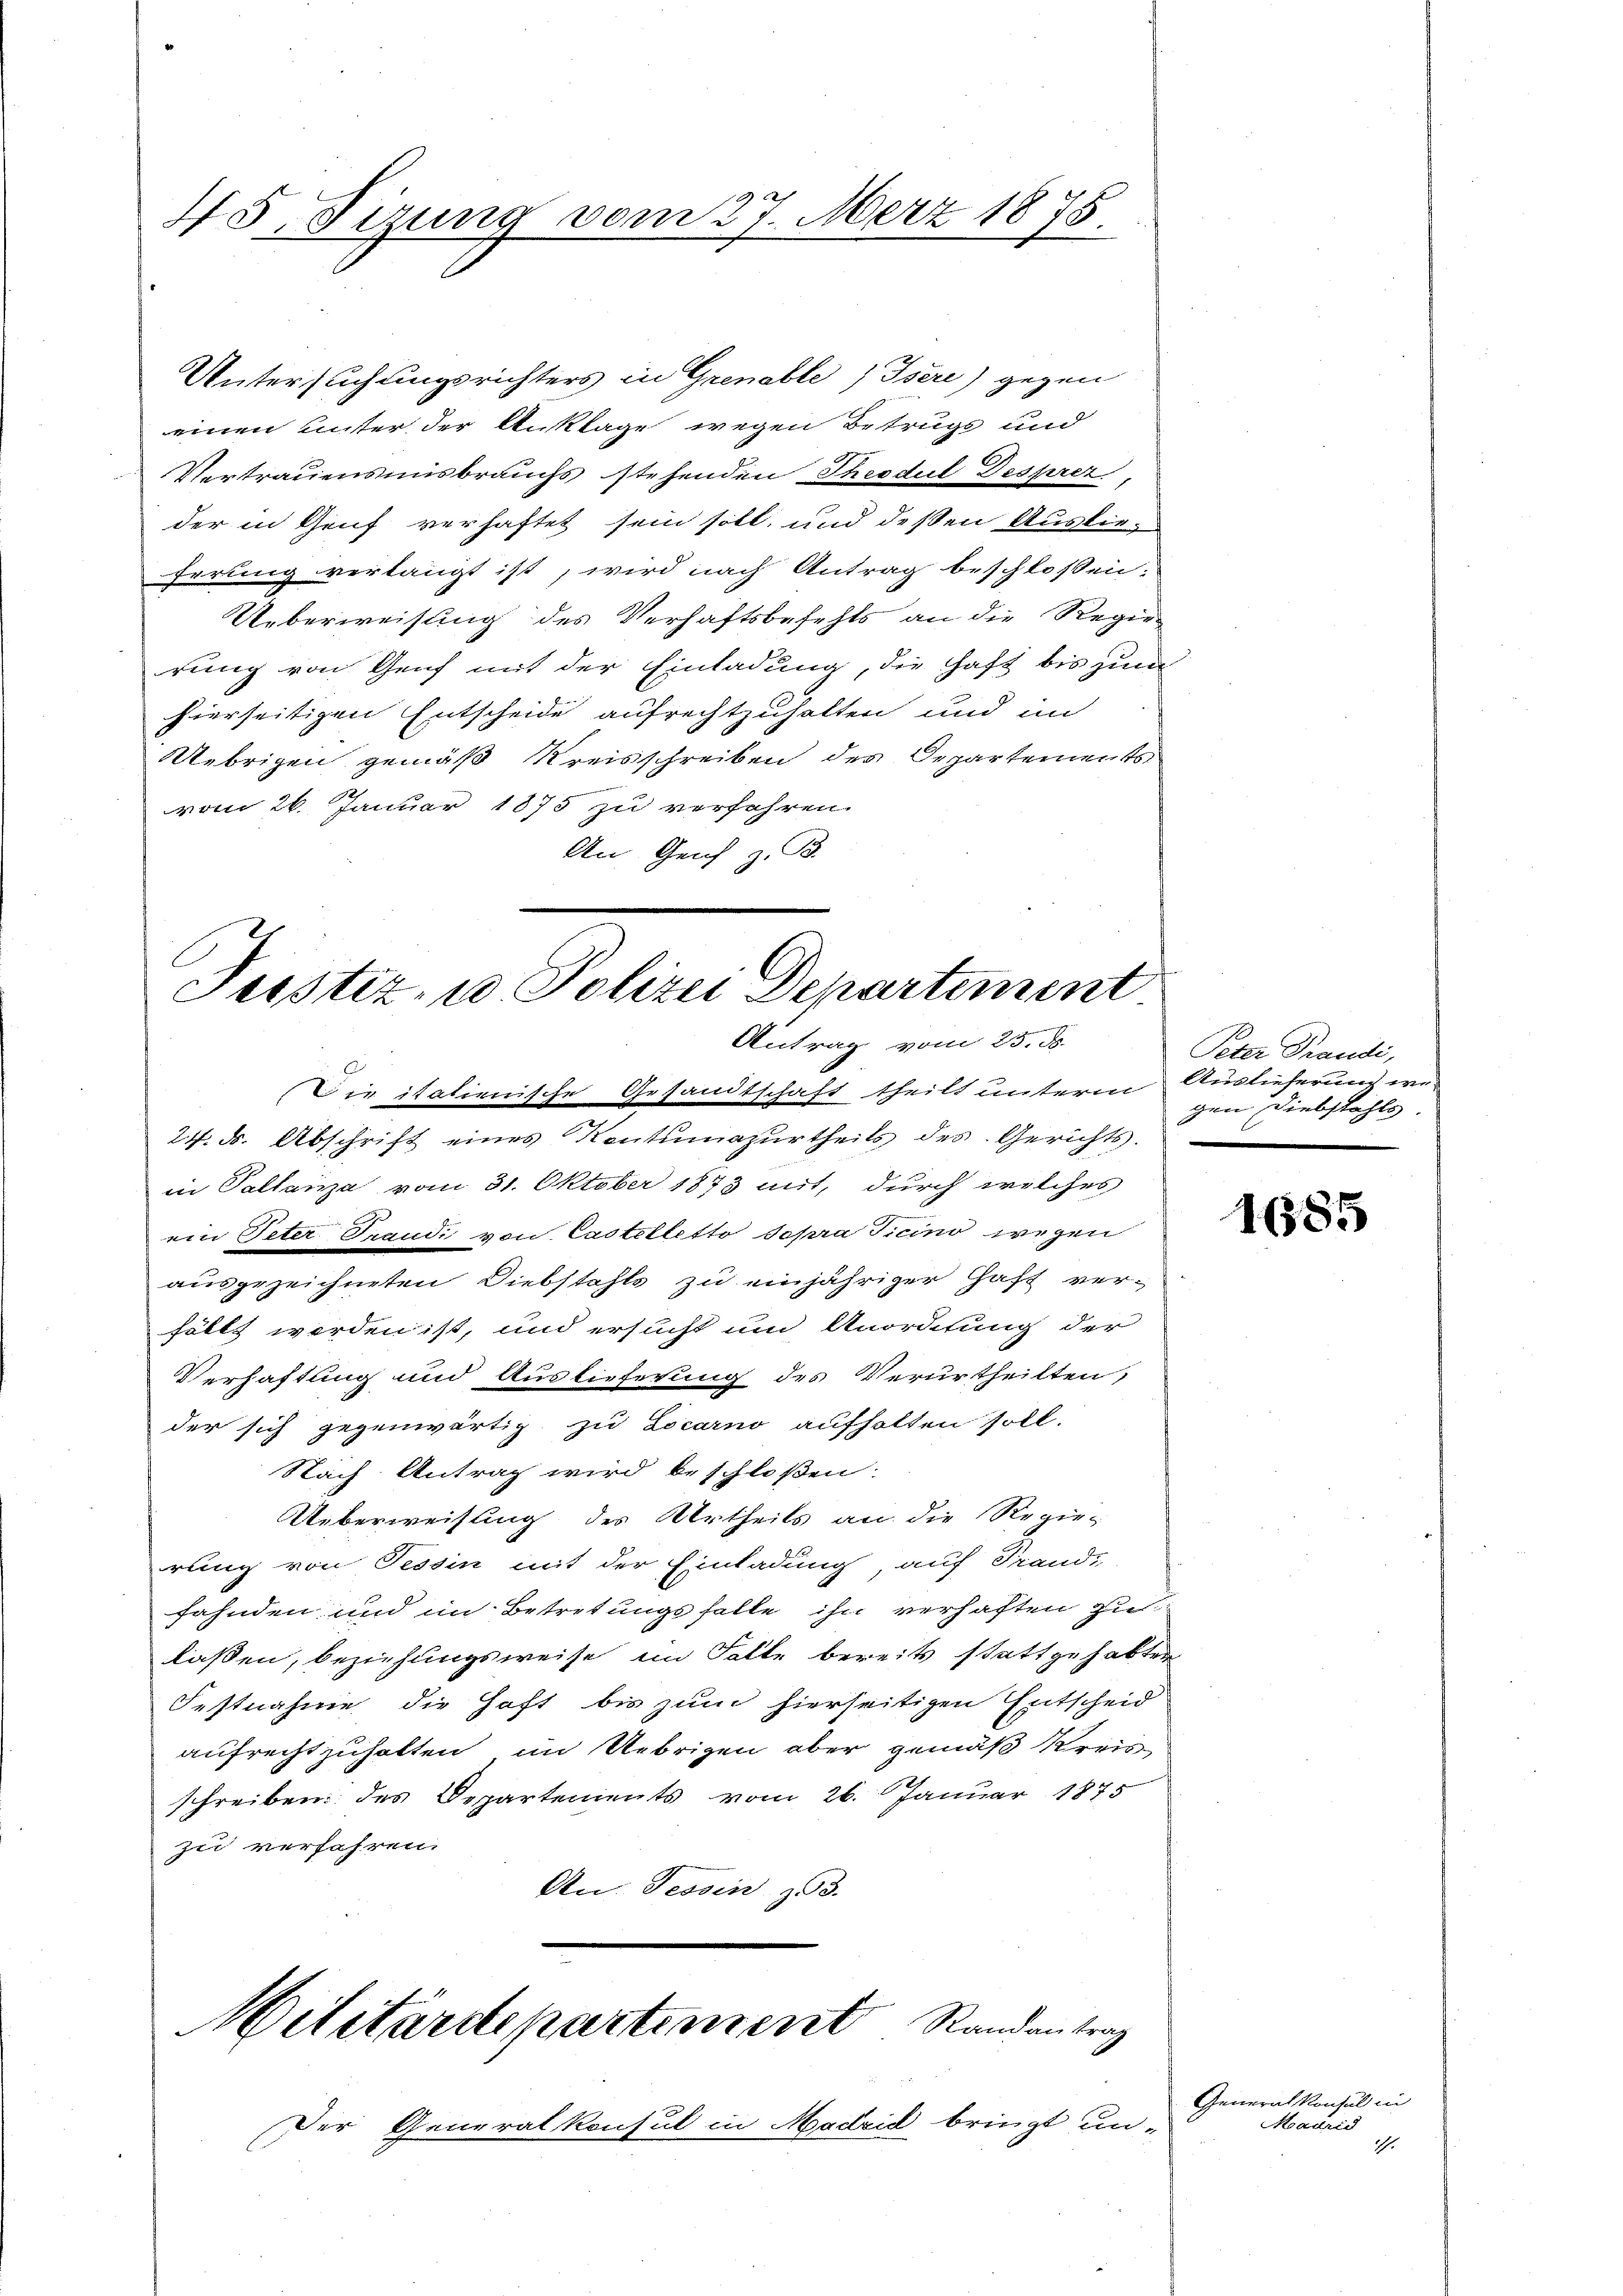
45. Sizung vom 27. März 1875.

Untersuchungsrichters in Grenable / Isére) gegen
einen unter der Anklage wegen Betrugs und
Vertrauensmisbrauchs stehenden Theodul Desprer,
der in Gruf verhaftet sein soll, und deßen Auslieferung verlangt ist, wird nach Antrag beschlossen:
Ueberweisung des Verhaftsbefehls an die Regie
rung von Genf mit der Einladung, die Haft bis zum
hierseitigen Entscheide aufrechtzuhalten und im
Uebrigen gemäß Kreisschreiben des Departements
vom 26. Januar 1873 zu verfahren.
An Genf z. B.

Justiz- u Polizei Departiment
Antrag vom 25. d.

Die italienische Gesandtschaft theilt unterm Auslieferung we¬
24. ds. Abschrift eines Kontumazurtheils des Gerichts.
in Pallanza vom 31. Oktober 1873 mit, durch welches
ein Peter Traudi von Castelletto sopra Ticino wegen
ausgezeichneten Diebstahls zu einjähriger Haft ver-
hällt werden ist, und ersucht um Anordtung der
Verhaftung und Auslieferung des Verurtheilten,
der sich gegenwärtig zu Locarno aufhalten soll.
Nach Antrag wird beschloßen:
Ueberweisung des Urtheils an die Regie-
rung von Tessin mit der Einladung, auf Frand-
fahnden und im Betretungsfalle ihn verhaften zu
laßen, beziehungsweise im Falle bereits stattgehabter
Festnahme die Haft bis zum hierseitigen Entscheid
aufrechtzuhalten im Uebrigen aber gemäß Kreis-
schreiben des Departements vom 26. Januar 1875
zu verfahren.
An. Tessin zu 3.

ilitärdepartement Randantrag

Der Generalkonsul in Madrid bringt un¬

Peter Trandi,
gen Diebstahls.

Generalkonsul in
Madrid
1.

1685